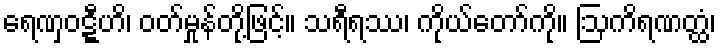
ရေဏှဝဋ္ဋီဟိ၊ ဝတ်မှုန်တို့ဖြင့်။ သရီရဿ၊ ကိုယ်တော်ကို။ ဩကိရဏတ္ထံ၊